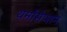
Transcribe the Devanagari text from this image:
थर्मोसेप्शन